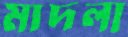
মাদলা